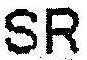
SR